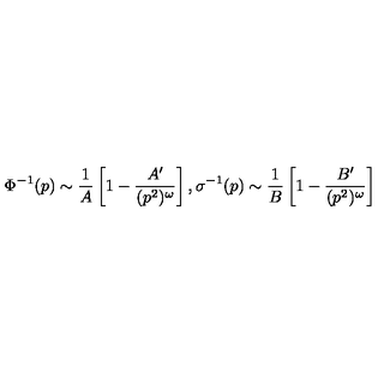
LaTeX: \Phi ^ { - 1 } ( p ) \sim \frac { 1 } { A } \left[ 1 - \frac { A ^ { \prime } } { ( p ^ { 2 } ) ^ { \omega } } \right] , \sigma ^ { - 1 } ( p ) \sim \frac { 1 } { B } \left[ 1 - \frac { B ^ { \prime } } { ( p ^ { 2 } ) ^ { \omega } } \right]